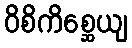
ဝိစိကိစ္ဆေယျ